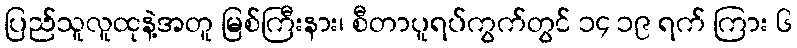
ပြည်သူလူထုနဲ့အတူ မြစ်ကြီးနား၊ စီတာပူရပ်ကွက်တွင် ၁၄ ၁၉ ရက် ကြား ၆